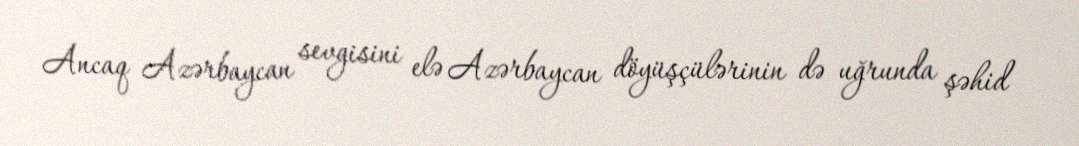
Ancaq Azərbaycan sevgisini elə Azərbaycan döyüşçülərinin də uğrunda şəhid